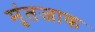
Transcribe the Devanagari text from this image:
मुंतजाक